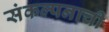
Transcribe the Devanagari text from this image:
संकल्पनाची